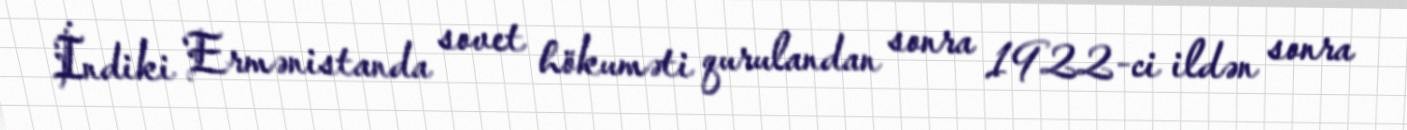
İndiki Ermənistanda sovet hökuməti qurulandan sonra 1922-ci ildən sonra